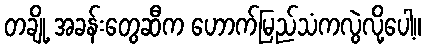
တချို့ အခန်းတွေဆီက ဟောက်မြည်သံကလွဲလို့ပေါ့။